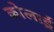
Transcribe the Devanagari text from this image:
कोलार्ड्र